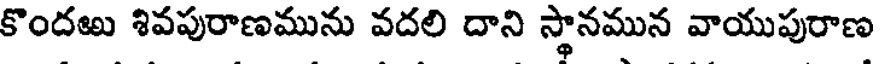
కొందఱు శివపురాణమును వదలి దాని స్థానమున వాయుపురాణ